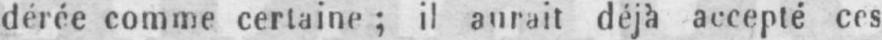
dérée comme certaine; il aurait déjà accepté ces